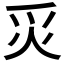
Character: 𬉿